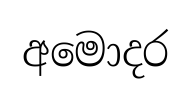
අමොදර